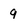
Character: 9